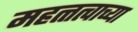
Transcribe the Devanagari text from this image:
महत्त्त्वाच्या